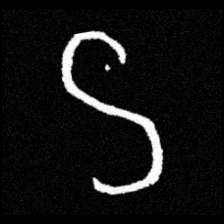
Pyu character \u2014 Myanmar letter: ဌ (romanized: ttha)